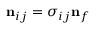
\mathbf { n } _ { i j } = \sigma _ { i j } \mathbf { n } _ { f }